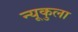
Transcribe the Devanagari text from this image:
न्यूकुला